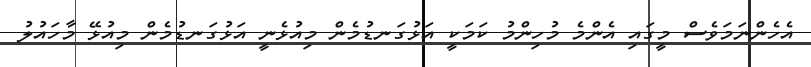
އެހެންނަމަވެސް މީގައި އެންމެ މުހިންމު ކަމަކީ އަޅުގަނޑުމެން މިއުޅެނީ އަޅުގަނޑުމެން މިއުޅޭ މާހައުލު